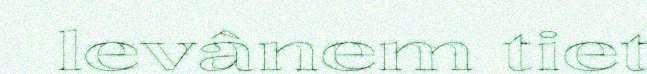
levânem tiet